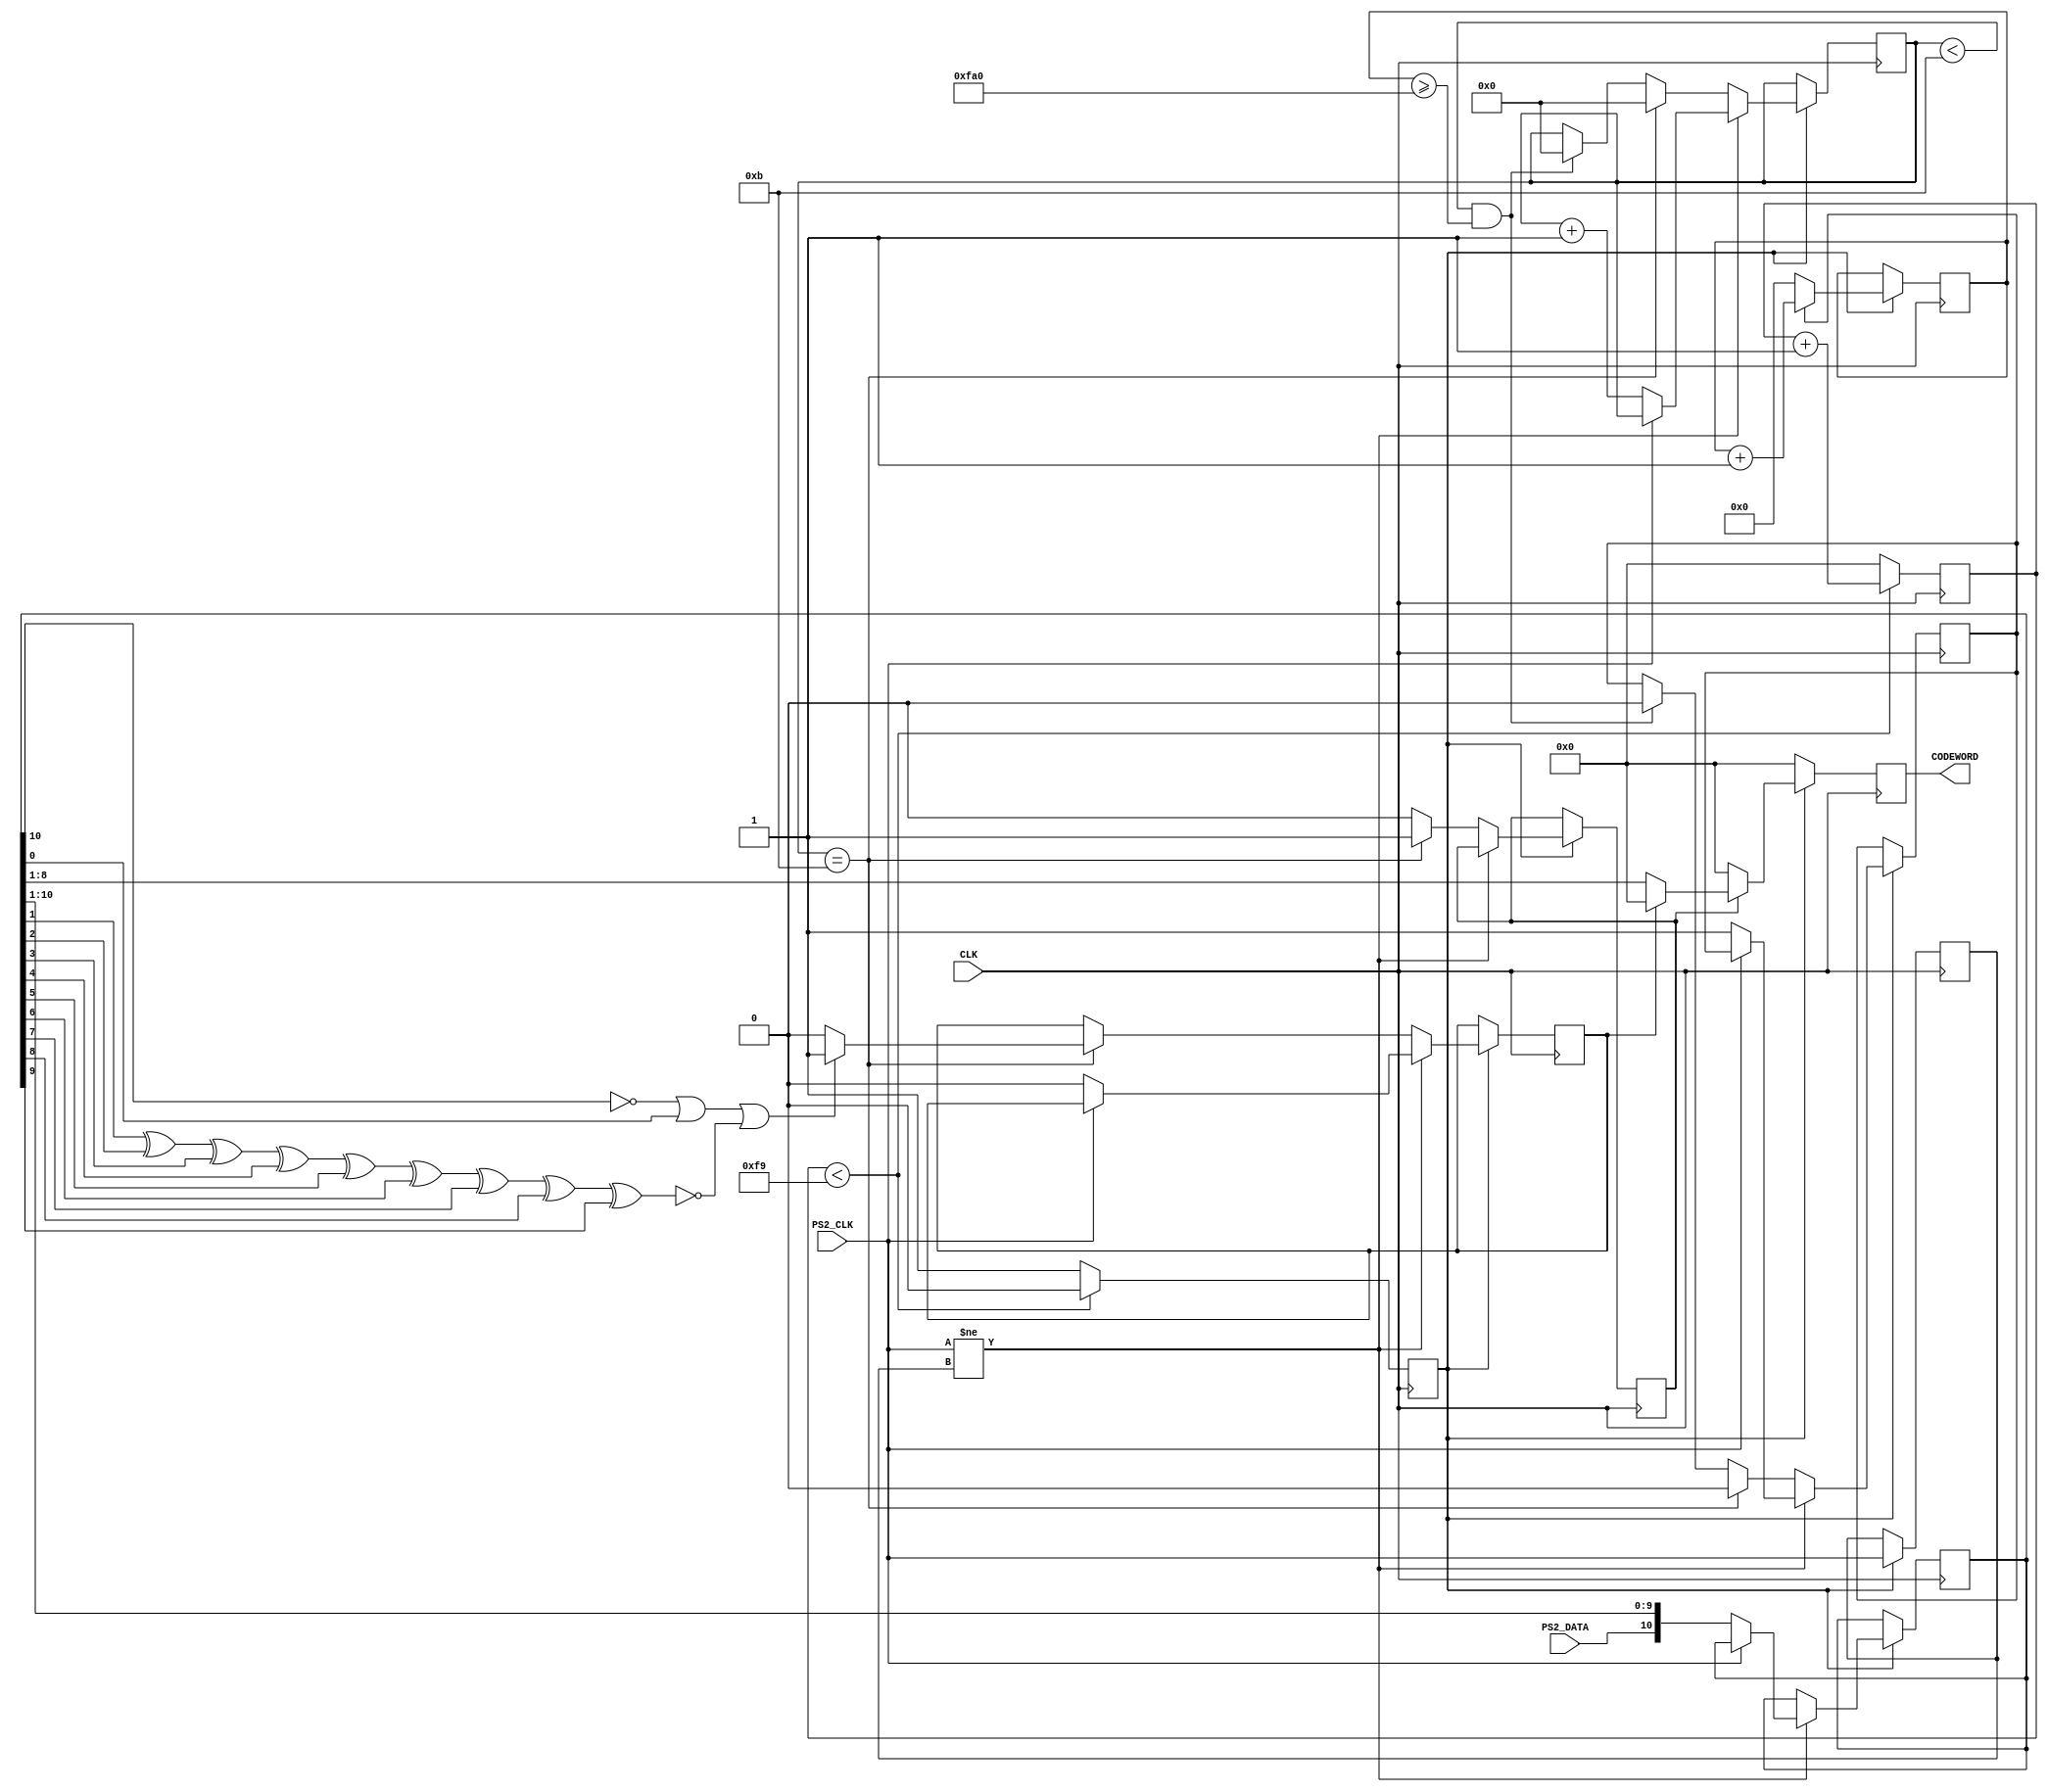
module ps2Keyboard(
	input CLK,	//board clock
	input PS2_CLK,	//keyboard clock and data signals
	input PS2_DATA,
	output reg [7:0]CODEWORD
   );

	reg read;					//this is 1 if still waits to receive more bits 
	reg [11:0] count_reading;	//this is used to detect how much time passed since it received the previous codeword
	reg PREVIOUS_STATE;			//used to check the previous state of the keyboard clock signal to know if it changed
	reg scan_err;				//this becomes one if an error was received somewhere in the packet
	reg [10:0] scan_code;		//this stores 11 received bits
	reg [7:0] CODEWORD;			//this stores only the DATA codeword
	reg TRIG_ARR;				//this is triggered when full 11 bits are received
	reg [3:0]COUNT;				//tells how many bits were received until now (from 0 to 11)
	reg TRIGGER = 0;			//This acts as a 250 times slower than the board clock. 
	reg [7:0]DOWNCOUNTER = 0;	//This is used together with TRIGGER - look the code

	//Set initial values
	initial begin
		PREVIOUS_STATE = 1;		
		scan_err = 0;		
		scan_code = 0;
		COUNT = 0;			
		CODEWORD = 0;
		read = 0;
		count_reading = 0;
	end

	always @(posedge CLK) begin				//This reduces the frequency 250 times
		if (DOWNCOUNTER < 249) begin		//and uses variable TRIGGER as the new board clock 
			DOWNCOUNTER <= DOWNCOUNTER + 1;
			TRIGGER <= 0;
		end
		else begin
			DOWNCOUNTER <= 0;
			TRIGGER <= 1;
		end
	end
	
	always @(posedge CLK) begin	
		if (TRIGGER) begin
			if (read)					//if it still waits to read full packet of 11 bits, then (read == 1)
				count_reading <= count_reading + 1;	//and it counts up this variable
			else 						//and later if check to see how big this value is.
				count_reading <= 0;		//if it is too big, then it resets the received data
		end
	end


	always @(posedge CLK) begin		
		if (TRIGGER) begin							//If the down counter (CLK/250) is ready
			if (PS2_CLK != PREVIOUS_STATE) begin	//if the state of Clock pin changed from previous state
				if (!PS2_CLK) begin					//and if the keyboard clock is at falling edge
					read <= 1;						//mark down that it is still reading for the next bit
					scan_err <= 0;					//no errors
					scan_code[10:0] <= {PS2_DATA, scan_code[10:1]};	//add up the data received by shifting bits and adding one new bit
					COUNT <= COUNT + 1;			
				end
			end
			else if (COUNT == 11) begin				//if it already received 11 bits
				COUNT <= 0;
				read <= 0;							//mark down that reading stopped
				TRIG_ARR <= 1;						//trigger out that the full pack of 11bits was received
				//calculate scan_err using parity bit
				if (!scan_code[10] || scan_code[0] || !(scan_code[1]^scan_code[2]^scan_code[3]^scan_code[4]
					^scan_code[5]^scan_code[6]^scan_code[7]^scan_code[8]
					^scan_code[9]))
					scan_err <= 1;
				else 
					scan_err <= 0;
			end	
			else  begin								//if it yet not received full pack of 11 bits
				TRIG_ARR <= 0;						//tell that the packet of 11bits was not received yet
				if (COUNT < 11 && count_reading >= 4000) begin	//and if after a certain time no more bits were received, then
					COUNT <= 0;						//reset the number of bits received
					read <= 0;						//and wait for the next packet
				end
			end
		PREVIOUS_STATE <= PS2_CLK;					//mark down the previous state of the keyboard clock
		end
	end


	always @(posedge CLK) begin
		if (TRIGGER) begin					//if the 250 times slower than board clock triggers
			if (TRIG_ARR) begin				//and if a full packet of 11 bits was received
				if (scan_err) begin			//BUT if the packet was NOT OK
					CODEWORD <= 8'd0;		//then reset the codeword register
				end
				else begin
					CODEWORD <= scan_code[8:1];	//else drop down the unnecessary  bits and transport the 7 DATA bits to CODEWORD reg
				end								//notice, that the codeword is also reversed! This is because the first bit to received
			end									//is supposed to be the last bit in the codeword…
			else CODEWORD <= 8'd0;				//not a full packet received, thus reset codeword
		end
		else CODEWORD <= 8'd0;					//no clock trigger, no data…
	end
	
endmodule